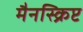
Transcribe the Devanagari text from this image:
मैनस्क्रिप्ट